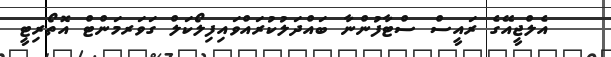
އެލްޖީއޭގެ ރައީސް ސްޓާފުންނާ ބައްދަލުކުރައްވައިފިލޯކަލް ގަވަރމަންޓް އޮތޯރިޓީ